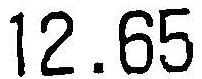
12.65